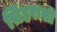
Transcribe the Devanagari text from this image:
सिंहराशी